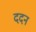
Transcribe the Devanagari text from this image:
ददन